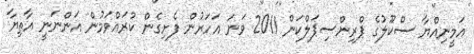
އަމީނިއްޔާ ސްކޫލުގެ ޕްރިންސިޕަލްކަން 2011 ވަނަ އަހަރުން ފެށިގެން ކުރައްވަމުން އަންނަނީ އާތިޔާ